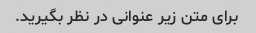
برای متن زیر عنوانی در نظر بگیرید.